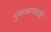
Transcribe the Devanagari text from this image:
गुंडाळण्याचे